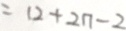
= 1 2 + 2 n - 2